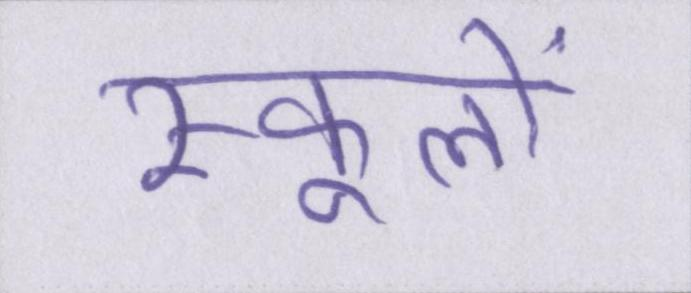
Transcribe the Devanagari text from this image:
स्कूलों